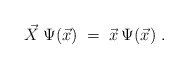
\begin{align*}\vec{X} \:\Psi(\vec{x}) \;=\; \vec{x} \:\Psi(\vec{x}) \;.\end{align*}